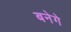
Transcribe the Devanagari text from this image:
बनेगे